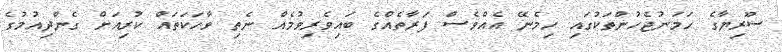
ސޫރިޔާގެ ހަމަނުޖެހުންތަކުގައި ހިމެނޭ އެއްވެސް ފަރާތެއްގެ ބައިވެރިވުމެއް ނެތި ވާހަކަތައް ކުރިއަށް ގެންދިއުމުގެ